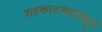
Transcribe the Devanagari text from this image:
शहकाटशहयातून